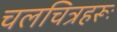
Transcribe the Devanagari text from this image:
चलचित्रहरूः